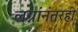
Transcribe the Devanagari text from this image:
लग्नांनंतरही